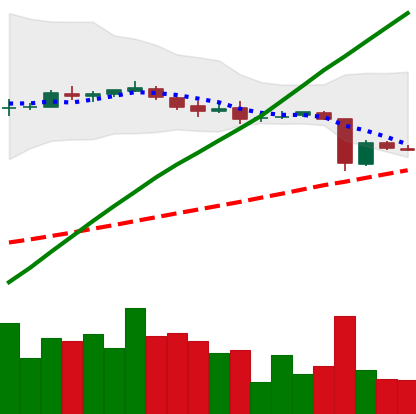
Ticker: DOGE-USD
Chart end date: 2018-10-14
Forward return: -13.339%
Label: down_7plus